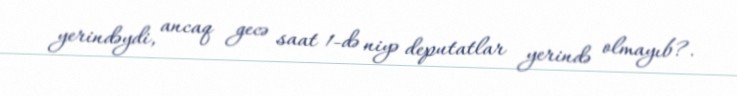
yerindəydi, ancaq gecə saat 1-də niyə deputatlar yerində olmayıb?.